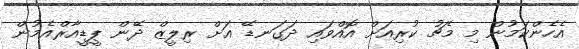
އެހެންކަމުން މި މެޗު ކުރިއަށް އޮއްވައި ދަގަނޑޭ އަށް ރިލީޒް ދޭން ޕީޑީއާރްއެމުން